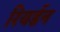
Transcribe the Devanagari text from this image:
रियर्डन